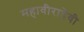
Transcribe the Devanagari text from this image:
महावीरादेवी